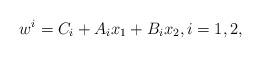
LaTeX: \begin{align*}w^i=C_i+ A_ix_1 + B_ix_2, i=1,2,\end{align*}